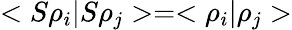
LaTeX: <S\rho_{i}|S\rho_{j}>=<\rho_{i}|\rho_{j}>